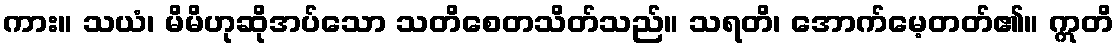
ကား။ သယံ၊ မိမိဟုဆိုအပ်သော သတိစေတသိတ်သည်။ သရတိ၊ အောက်မေ့တတ်၏။ ဣတိ